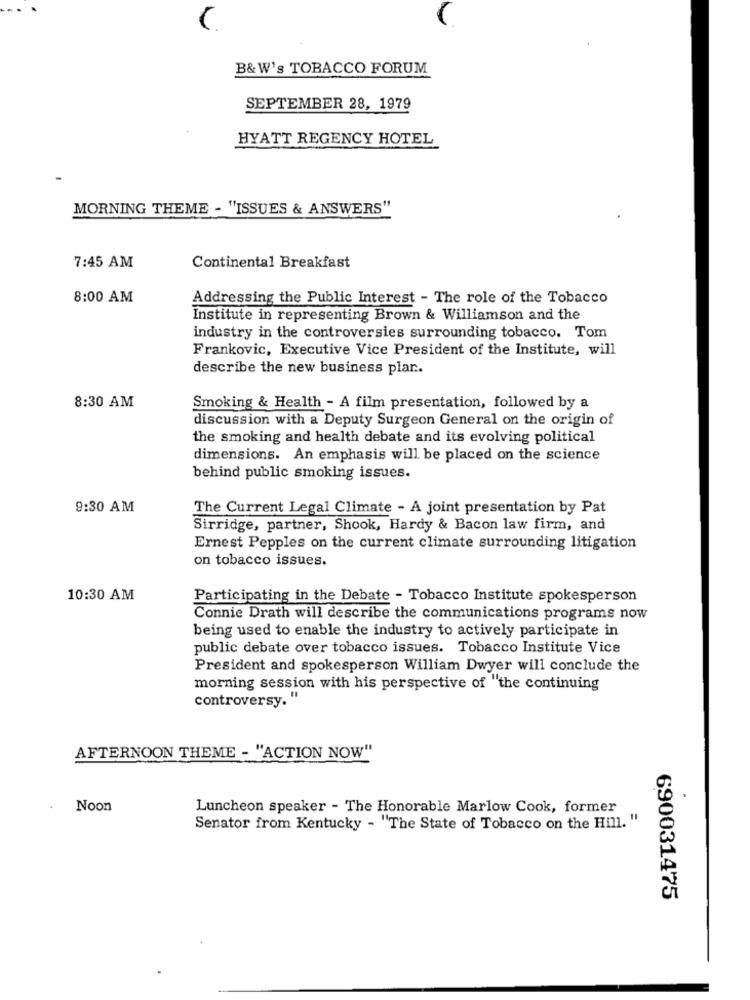
B&W's TOBACCO FORUM
SEPTEMBER 28, 1979
HYATT REGENCY HOTEL
MORNING THEME - "ISSUES & ANSWERS"
7:45 AM
Continental Breakfast
8:00 AM
Addressing the Public Interest - The role of the Tobacco
Institute in representing Brown & Williamson and the
industry in the controversies surrounding tobacco. Tom
Frankovic, Executive Vice President of the Institute, will
describe the new business plan ..
8:30 AM
Smoking & Health - A film presentation, followed by a
discussion with a Deputy Surgeon General on the origin of
the smoking and health debate and its evolving political
dimensions. An emphasis will be placed on the science
behind public smoking issues.
9:30 AM
The Current Legal Climate - A joint presentation by Pat
Sirridge, partner, Shook, Hardy & Bacon law firm, and
Ernest Pepples on the current climate surrounding litigation
on tobacco issues.
10:30 AM
Participating in the Debate - Tobacco Institute spokesperson
Connie Drath will describe the communications programs now
being used to enable the industry to actively participate in
public debate over tobacco issues. Tobacco Institute Vice
President and spokesperson William Dwyer will conclude the
morning session with his perspective of "the continuing
controversy. "
AFTERNOON THEME - "ACTION NOW"
Noon
Luncheon speaker - The Honorable Marlow Cook, former
Senator from Kentucky - "The State of Tobacco on the Hill. "
690031475